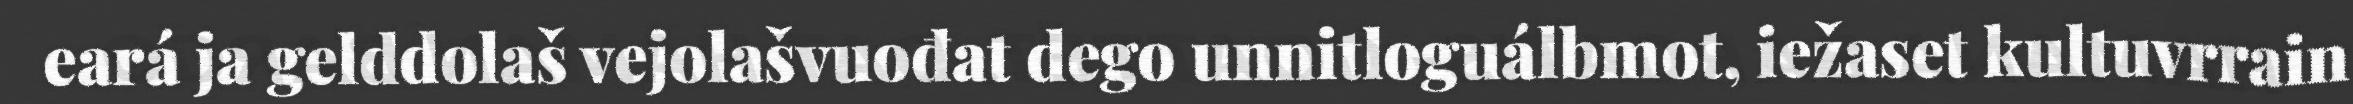
eará ja gelddolaš vejolašvuođat dego unnitloguálbmot, iežaset kultuvrrain